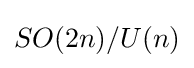
SO(2n)/U(n)